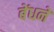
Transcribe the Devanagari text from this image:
बेंधने